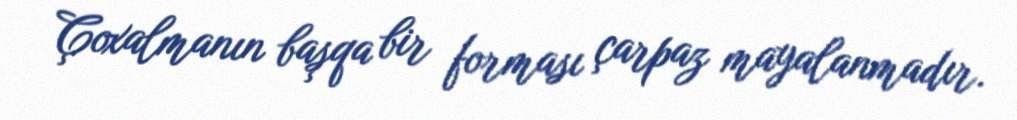
Çoxalmanın başqa bir forması çarpaz mayalanmadır.